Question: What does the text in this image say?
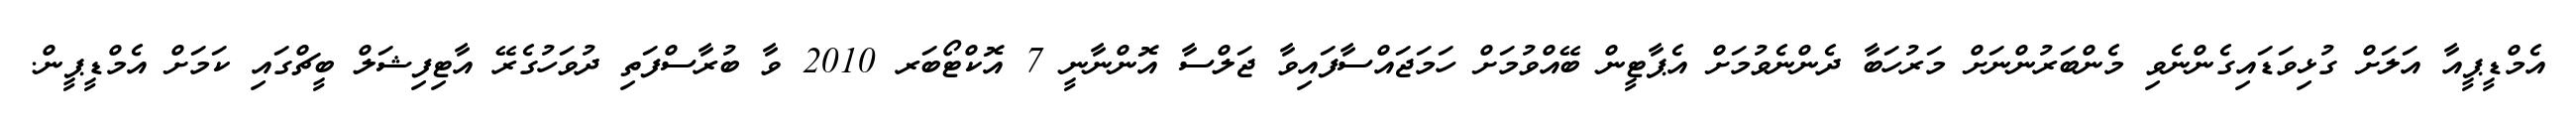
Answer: އެމްޑީޕީއާ އަލަށް ގުޅިވަޑައިގެންނެވި މެންބަރުންނަށް މަރުހަބާ ދެންނެވުމަށް އެޕާޓީން ބޭއްވުމަށް ހަމަޖައްސާފައިވާ ޖަލްސާ އޮންނާނީ 7 އޮކްޓޯބަރ 2010 ވާ ބުރާސްފަތި ދުވަހުގެރޭ އާޓިފިޝަލް ބީޗްގައި ކަމަށް އެމްޑީޕީން.